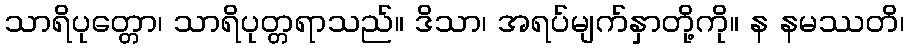
သာရိပုတ္တော၊ သာရိပုတ္တရာသည်။ ဒိသာ၊ အရပ်မျက်နှာတို့ကို။ န နမဿတိ၊